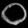
Digit: ၀